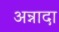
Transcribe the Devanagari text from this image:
अन्नादा